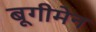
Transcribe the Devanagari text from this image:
बूगीमेन